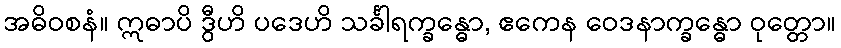
အဓိဝစနံ။ ဣဓာပိ ဒွီဟိ ပဒေဟိ သင်္ခါရက္ခန္ဓော, ဧကေန ဝေဒနာက္ခန္ဓော ဝုတ္တော။